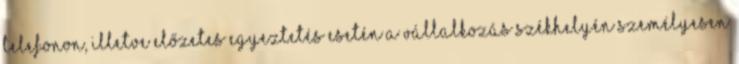
telefonon, illetve előzetes egyeztetés esetén a Vállalkozás székhelyén személyesen